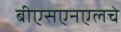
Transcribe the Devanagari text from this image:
बीएसएनएलचे